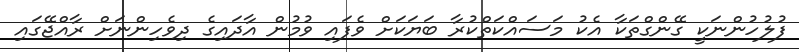
ފުލުހުންނަކީ ގޭންގްތަކާ އެކު މަސައްކަތްކުރާ ބަޔަކަށް ވެފައި ވުމުން އާދައިގެ ދިވެހިންނަށް ރާއްޖޭގައި